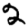
Digit: 2